Calcutta medical institutions reports 1892-1900
Year: 1892
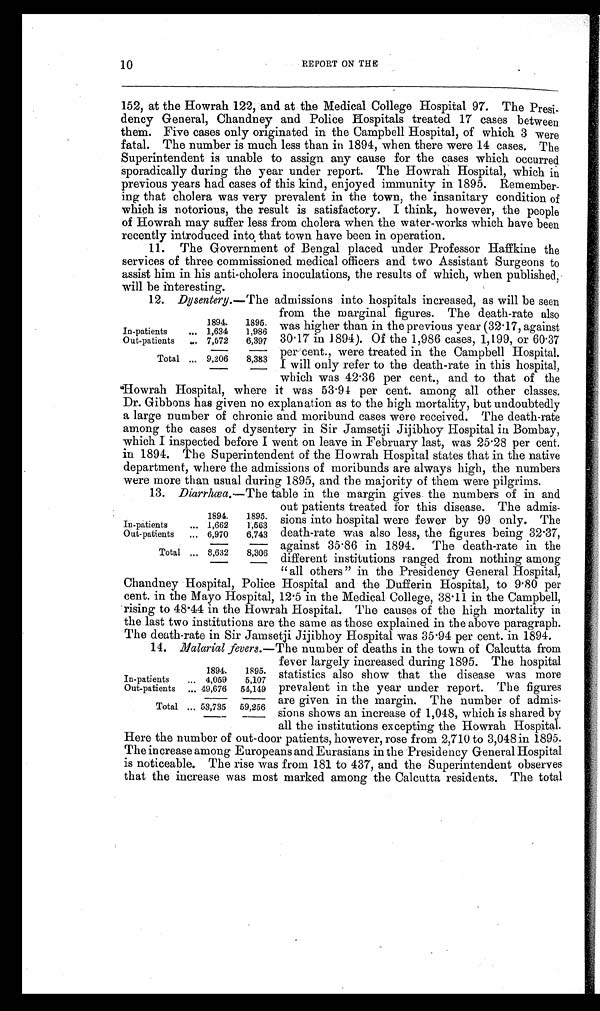
10
REPORT ON THE
152, at the Howrah 122, and at the Medical College Hospital 97. The Presi-
dency General, Chandney and Police Hospitals treated 17 cases between
them. Five cases only originated in the Campbell Hospital, of which 3 were
fatal. The number is much less than in 1894, when there were 14 cases. The
Superintendent is unable to assign any cause for the cases which occurred
sporadically during the year under report. The Howrah Hospital, which in
previous years had cases of this kind, enjoyed immunity in 1895. Remember-
ing that cholera was very prevalent in the town, the insanitary condition of
which is notorious, the result is satisfactory. I think, however, the people
of Howrah may suffer less from cholera when the water-works which have been
recently introduced into, that town have been in operation.
11. The Government of Bengal placed under Professor Haffkine the
services of three commissioned medical officers and two Assistant Surgeons to
assist him in his anti-cholera inoculations, the results of which, when published,
will be interesting.
12. Dysentery.— The admissions into hospitals increased, as will be seen
from the marginal figures. The death-rate also
was higher than in the previous year (32.17, against
30.17 in 1894). Of the 1,986 cases, 1,199, or 60.37
per cent., were treated in the Campbell Hospital.
I will only refer to the death-rate in this hospital,
which was 42 .36 per cent., and to that of the
Howrah Hospital, where it was 53 .94 per cent. among all other classes.
Dr. Gibbons has given no explanation as to the high mortality, but undoubtedly
a large number of chronic and moribund cases were received. The death-rate
among the cases of dysentery in Sir Jamsetji Jijibhoy Hospital in Bombay,
which I inspected before I went on leave in February last, was 25 .28 per cent.
in 1894. The Superintendent of the Howrah Hospital states that in the native
department, where the admissions of moribunds are always high, the numbers
were more than usual during 1895, and the majority of them were pilgrims.
13. Diarrhcea.—The table in the margin gives the numbers of in and
out patients treated for this disease. The admis-
sions into hospital were fewer by 99 only. The
death-rate was also less, the figures being 32.37,
against 35.86 in 1894. The death-rate in the
different institutions ranged from nothing among
" all others" in the Presidency General Hospital,
Chandney Hospital, Police Hospital and the Dufferin Hospital, to 9 .80 per
cent. in the Mayo Hospital, 12 .5 in the Medical College, 38 . 11 in the Campbell,
rising to 48.44 in the Howrah Hospital. The causes of the high mortality in
the last two institutions are the same as those explained in the above paragraph.
The death-rate in Sir Jamsetji Jijibhoy Hospital was 35 .94 per cent. in 1894.
The number of deaths in the town of Calcutta from
fever largely increased during 1895. The hospital
statistics also show that the disease was more
prevalent in the year under report. The figures
are given in the margin. The number of admis-
sions shows an increase of 1,048, which is shared by
all the institutions excepting the Howrah Hospital.
Here the number of out-door patients, however, rose from 2,710 to 3,048 in 1895.
The increase among Europeans and Eurasians in the Presidency General Hospital
is noticeable. The rise was from 181 to 437, and the Superintendent observes
that the increase was most marked among the Calcutta residents. The total
1894. 1895.
In-patients
1,634 1,986
Out-patients
7, 572 6,397
Total 9,206 8,383
1894. 1895.
In-patients
1,662 1,563
Out-patients
6,970 6,743
Total 8,632 8,306
14. Malarial fevers.-
1894. 1895.
In-patients
4,059 5,107
Out-patients 49,676 54,149
Total 53,735 59,256